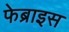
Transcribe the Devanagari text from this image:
फेब्राइस